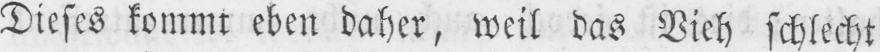
Dieses kommt eben daher, weil das Vieh schlecht